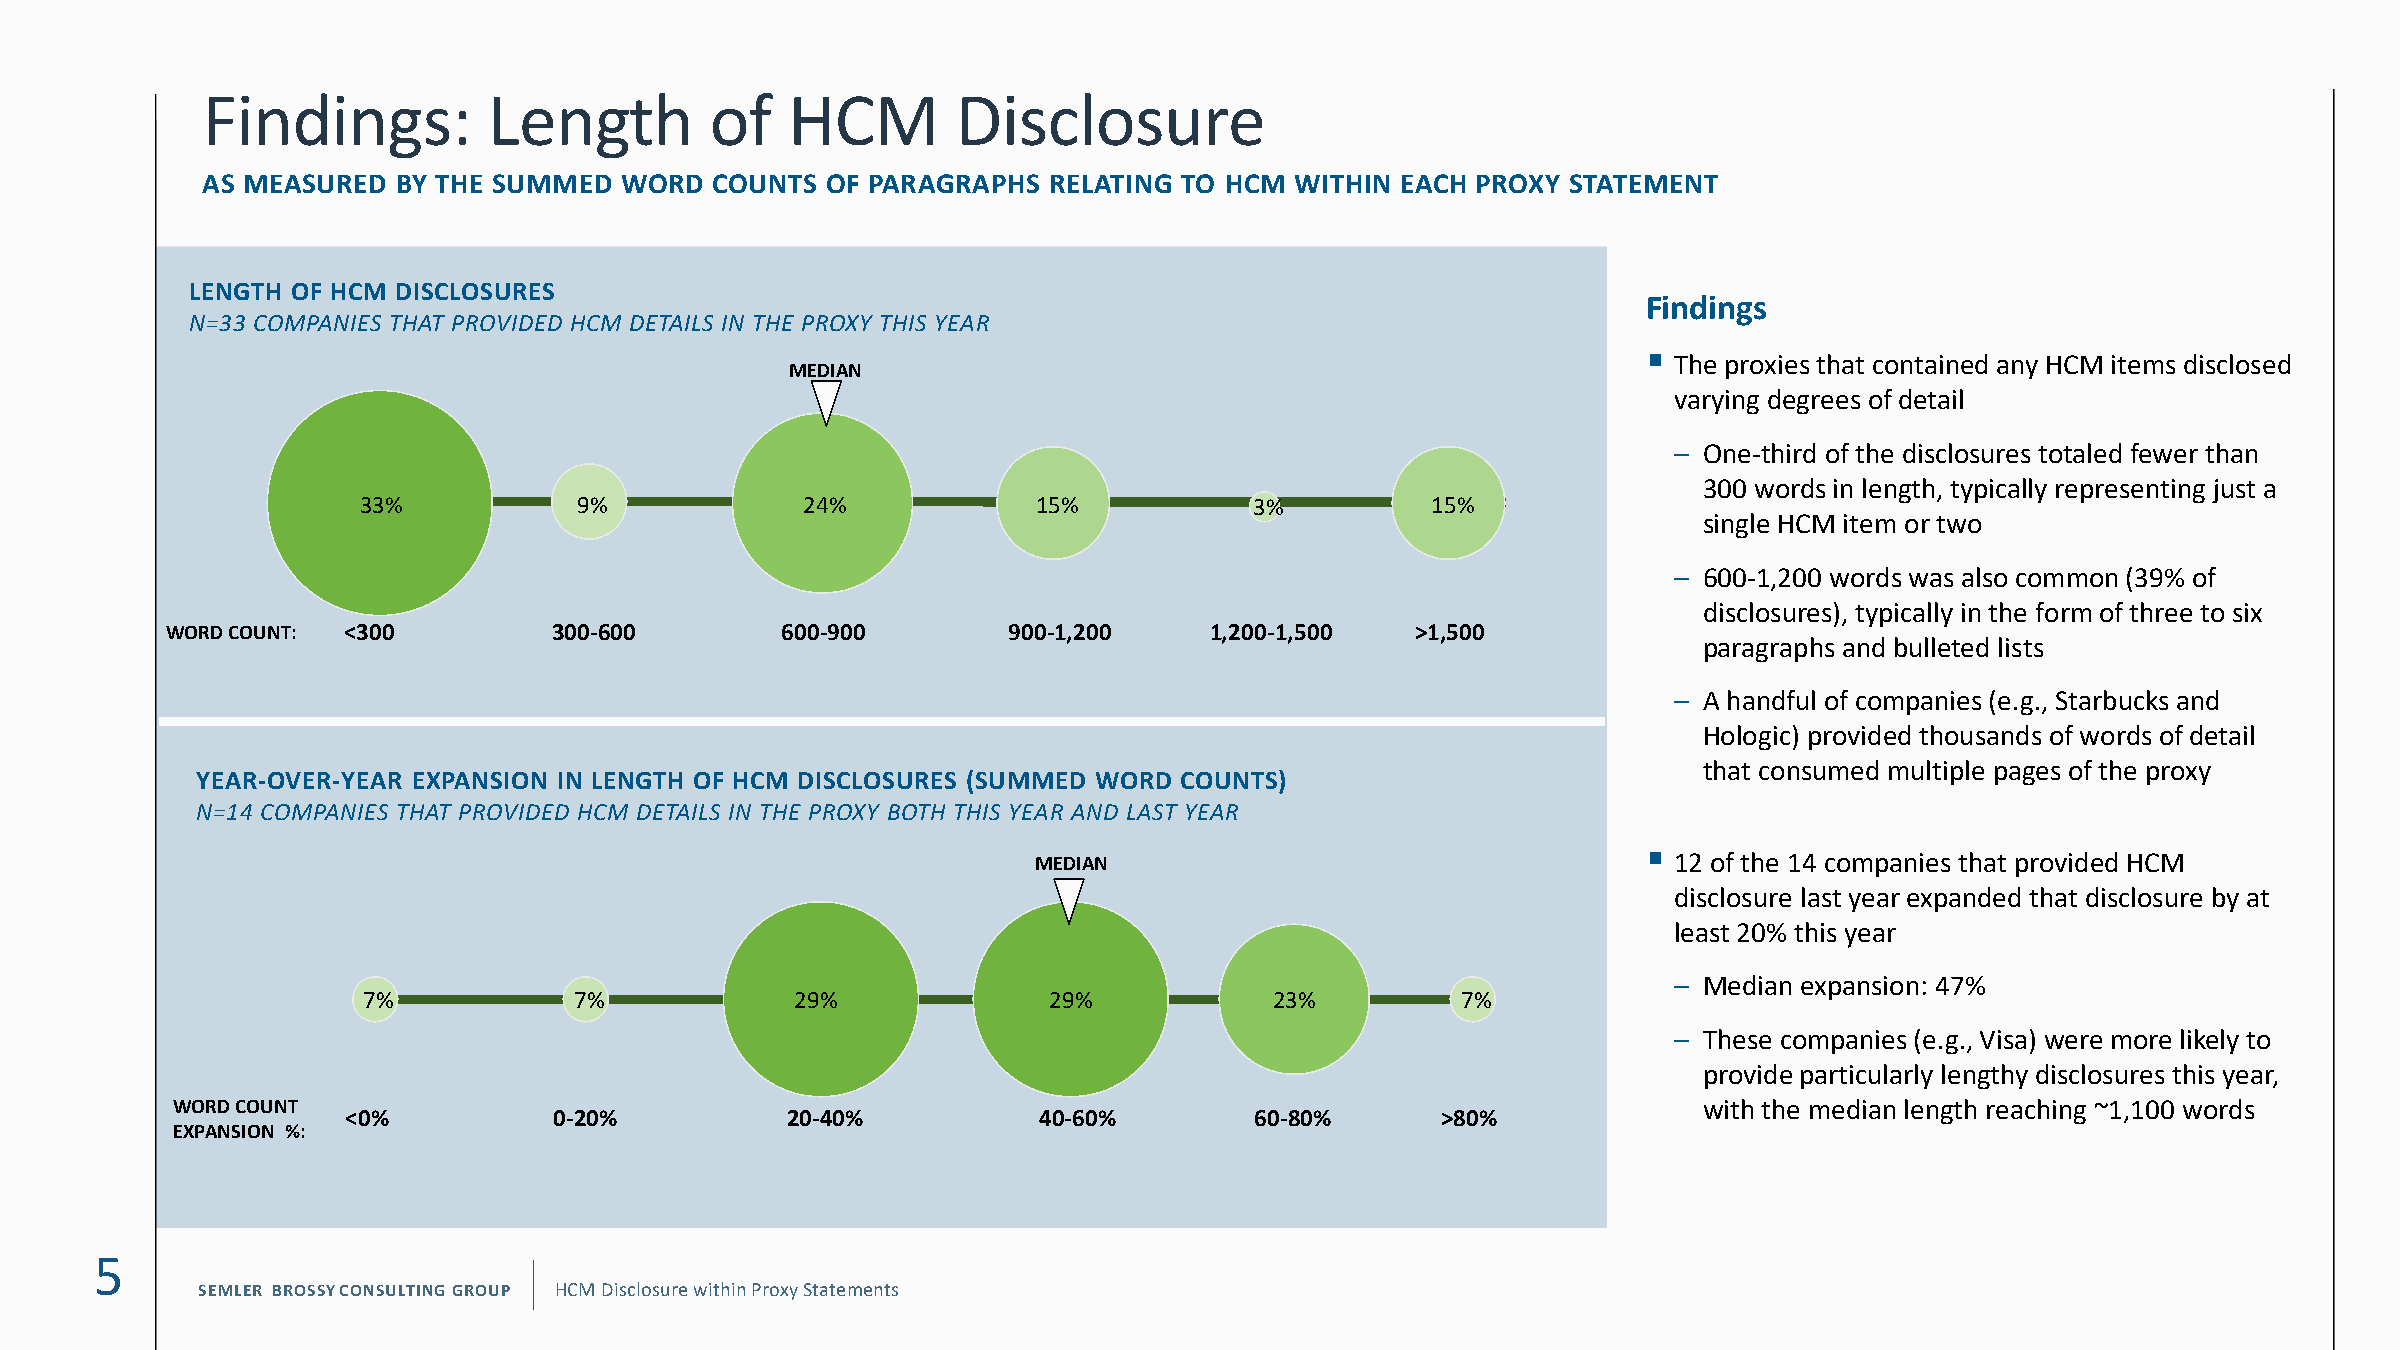
Findings:          Length         of   HCM        Disclosure
 AS MEASURED  BY THE SUMMED  WORD  COUNTS  OF PARAGRAPHS RELATING TO HCM  WITHIN EACH PROXY STATEMENT
 LENGTH OF HCM DISCLOSURES
 Findings
 N=33 COMPANIES THAT PROVIDED HCM DETAILS IN THE PROXY THIS YEAR
 ▪
 The proxies that contained any HCM items disclosed
 MEDIAN
 varying degrees of detail
 – One-third of the disclosures totaled fewer than
 300 words in length, typically representing just a
 33%           9%             24%             15%           3%          15%
 single HCM item or two
 – 600-1,200 words was also common (39% of
 disclosures), typically in the form of three to six
 WORD COUNT: <300          300-600        600-900        900-1,200    1,200-1,500   >1,500
 paragraphs and bulleted lists
 – A handful of companies (e.g., Starbucks and
 Hologic) provided thousands of words of detail
 that consumed multiple pages of the proxy
 YEAR-OVER-YEAR EXPANSION IN LENGTH OF HCM DISCLOSURES (SUMMED WORD COUNTS)
 N=14 COMPANIES THAT PROVIDED HCM DETAILS IN THE PROXY BOTH THIS YEAR AND LAST YEAR
 ▪
 MEDIAN                                    12 of the 14 companies that provided HCM
 disclosure last year expanded that disclosure by at
 least 20% this year
 – Median expansion: 47%
 7%            7%             29%             29%            23%          7%
 – These companies (e.g., Visa) were more likely to
 provide particularly lengthy disclosures this year,
 WORD COUNT                                                                                            with the median length reaching ~1,100 words
 <0%           0-20%          20-40%           40-60%        60-80%      >80%
 EXPANSION %:
 5
 SEMLER BROSSYCONSULTING GROUP HCM Disclosure within Proxy Statements